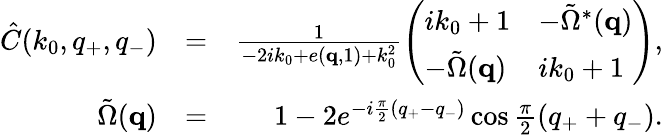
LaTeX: \begin{array}{rlr}{\hat{C}(k_{0},q_{+},q_{-})}&{=}&{\frac{1}{-2ik_{0}+e({\mathbf q},1)+k_{0}^{2}}\left(\begin{array}{ll}{ik_{0}+1}&{-\tilde{\Omega}^{*}({\mathbf q})}\\ {-\tilde{\Omega}({\mathbf q})}&{ik_{0}+1}\end{array}\right),}\\ {\tilde{\Omega}({\mathbf q})}&{=}&{1-2e^{-i\frac{\pi}{2}(q_{+}-q_{-})}\cos\frac{\pi}{2}(q_{+}+q_{-}).}\end{array}